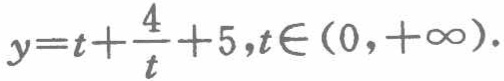
\(y=t+\frac{4}{t}+5,t\in(0,+\infty).\)